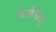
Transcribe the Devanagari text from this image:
वर्जयेत्